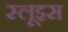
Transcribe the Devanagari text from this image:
स्लूइस